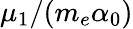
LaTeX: \mu_{1}/(m_{e}\alpha_{0})